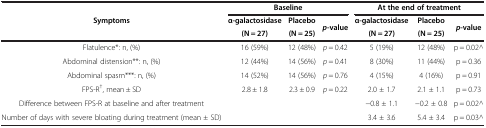
<table><thead><tr><td rowspan="3"><b>Symptoms</b></td><td colspan="3"><b>Baseline</b></td><td colspan="3"><b>At the end of treatment</b></td></tr><tr><td><b>α-galactosidase</b></td><td><b>Placebo</b></td><td rowspan="2"><b><i>p</i>-value</b></td><td><b>α-galactosidase</b></td><td><b>Placebo</b></td><td rowspan="2"><b><i>p</i>-value</b></td></tr><tr><td><b>(N = 27)</b></td><td><b>(N = 25)</b></td><td><b>(N = 27)</b></td><td><b>(N = 25)</b></td></tr></thead><tbody><tr><td>Flatulence*: n, (%)</td><td>16 (59%)</td><td>12 (48%)</td><td><i>p</i> = 0.42</td><td>5 (19%)</td><td>12 (48%)</td><td>p = 0.02^</td></tr><tr><td>Abdominal distension**: n, (%)</td><td>12 (44%)</td><td>14 (56%)</td><td><i>p</i> = 0.41</td><td>8 (30%)</td><td>11 (44%)</td><td>p = 0.36</td></tr><tr><td>Abdominal spasm***: n, (%)</td><td>14 (52%)</td><td>14 (56%)</td><td><i>p</i> = 0.76</td><td>4 (15%)</td><td>4 (16%)</td><td>p = 0.91</td></tr><tr><td>FPS-R<sup>†</sup>, mean ± SD</td><td>2.8 ± 1.8</td><td>2.3 ± 0.9</td><td><i>p</i> = 0.22</td><td>2.0 ± 1.7</td><td>2.1 ± 1.1</td><td>p = 0.73</td></tr><tr><td>Difference between FPS-R at baseline and after treatment</td><td> </td><td> </td><td> </td><td>−0.8 ± 1.1</td><td>−0.2 ± 0.8</td><td>p = 0.02^</td></tr><tr><td>Number of days with severe bloating during treatment (mean ± SD)</td><td> </td><td> </td><td> </td><td>3.4 ± 3.6</td><td>5.4 ± 3.4</td><td>p = 0.03^</td></tr></tbody></table>